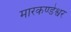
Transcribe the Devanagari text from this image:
मारकण्डेश्वर